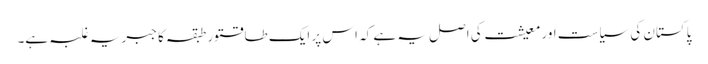
پاکستان کی سیاست اور معیشت کی اصل یہ ہے کہ اس پر ایک طاقتور طبقہ کا جبریہ غلبہ ہے۔